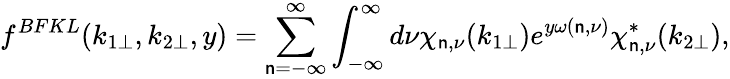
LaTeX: f^{BFKL}(k_{1\perp},k_{2\perp},y)=\sum_{\mathsf{n}=-\infty}^{\infty}\int_{-\infty}^{\infty}d\nu\chi_{\mathsf{n},\nu}(k_{1\perp})e^{y\omega(\mathsf{n},\nu)}\chi_{\mathsf{n},\nu}^{*}(k_{2\perp}),